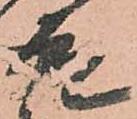
殿